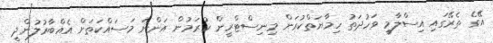
އޭގެ ތެރޭގައި އިސްލާމީ ވަހުދަތު ހިމާޔަތްކުރަން މިނިސްޓްރީން ކުރަމުން އަންނަ މަސައްކަތަށް އެއްބާރުލުންދީ